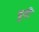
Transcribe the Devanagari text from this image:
बुदी